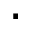
.